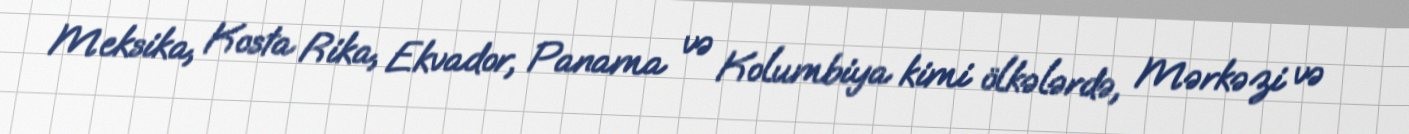
Meksika, Kosta Rika, Ekvador, Panama və Kolumbiya kimi ölkələrdə, Mərkəzi və